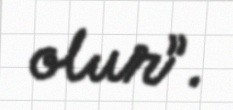
olur”.